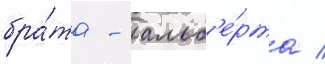
бра́та - альб'е́рта /